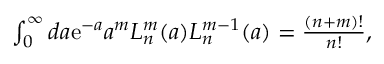
\begin{array} { r } { \int _ { 0 } ^ { \infty } d a \mathrm { e } ^ { - a } a ^ { m } L _ { n } ^ { m } ( a ) L _ { n } ^ { m - 1 } ( a ) = \frac { ( n + m ) ! } { n ! } , } \end{array}